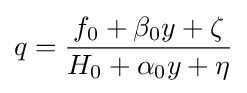
q={f_{0}+\beta _{0}y+\zeta  \over H_{0}+\alpha _{0}y+\eta }